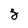
Character: z